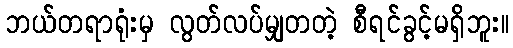
ဘယ်တရာရုံးမှ လွတ်လပ်မျှတတဲ့ စီရင်ခွင့်မရှိဘူး။